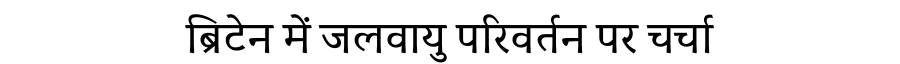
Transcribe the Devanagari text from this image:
ब्रिटेन में जलवायु परिवर्तन पर चर्चा